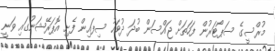
މުރްސީގެ ސަޕޯޓަރުން ފަހަތަށް ޖައްސަން ބުދަ ދުވަހު ސިފައިން ފެށި އޮޕަރޭޝަނުގައި ވަނީ